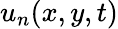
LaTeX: u_{n}(x,y,t)